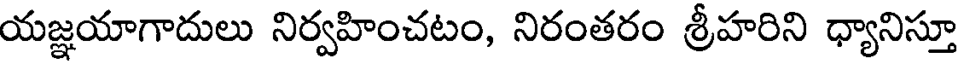
యజ్ఞయాగాదులు నిర్వహించటం, నిరంతరం శ్రీహరిని ధ్యానిస్తూ